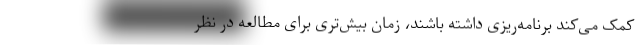
کمک می‌کند برنامه‌ریزی داشته باشند، زمان بیش‌تری برای مطالعه در نظر